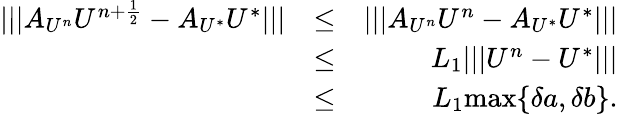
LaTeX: \begin{array}{rlr}{\lvert\lvert\lvert A_{U^{n}}U^{n+\frac{1}{2}}-A_{U^{*}}U^{*}\rvert\rvert\rvert}&{\leq}&{\lvert\lvert\lvert A_{U^{n}}U^{n}-A_{U^{*}}U^{*}\rvert\rvert\rvert}\\ &{\leq}&{L_{1}\lvert\lvert\lvert U^{n}-U^{*}\rvert\rvert\rvert}\\ &{\leq}&{L_{1}\mathrm{max}\{ \delta a,\delta b\} .}\end{array}